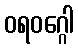
ဝရဝဂ္ဂေါ